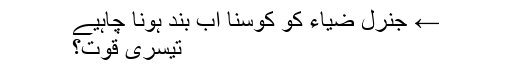
← جنرل ضیاء کو کوسنا اب بند ہونا چاہیے
تیسری قوت؟